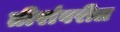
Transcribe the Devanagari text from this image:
तीरांवरील